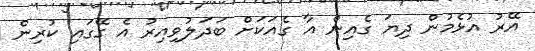
އޭރު އުޅެމުން ދިޔަ ގެއިން އާ ގެއަކަށް ބަދަލުވިއިރު އެ ގޭގައި ކުރިން